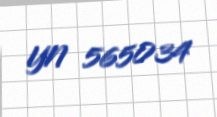
YN 565034